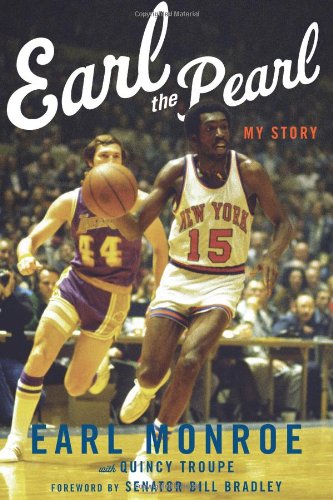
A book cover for Earl The Pearl: My Story; Earl Monroe; Biographies & Memoirs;